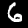
Digit: 6